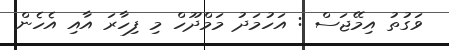
ވަގުތު އިމޭޖަސް : އަހުމަދު މަމްދޫހް މި ފިހާރަ އާއި އެހެން